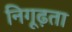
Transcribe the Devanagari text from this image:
निगूढ़ता